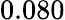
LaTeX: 0.080